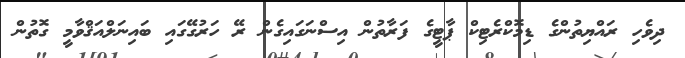
ދިވެހި ރައްޔިތުންގެ ޑިމޮކްރެޓިކް ޕާޓީގެ ފަރާތުން އިސްނަގައިގެން ރޭ ހަރުގޭގައި ބައިނަލްއަޤްވާމީ ގޮތުން